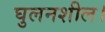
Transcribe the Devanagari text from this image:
घुलनशील।